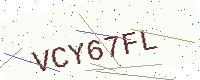
Text: VCY67FL